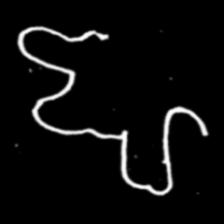
Pyu character \u2014 Myanmar letter: ဈ (romanized: jha)